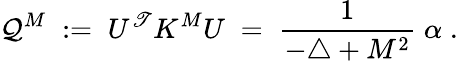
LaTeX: \mathcal{Q}^{M}\; :=\; U^{\mathscr{T}}K^{M}U\; =\; \frac{{1}}{{-\triangle+M^{2}}}\; \alpha\; .